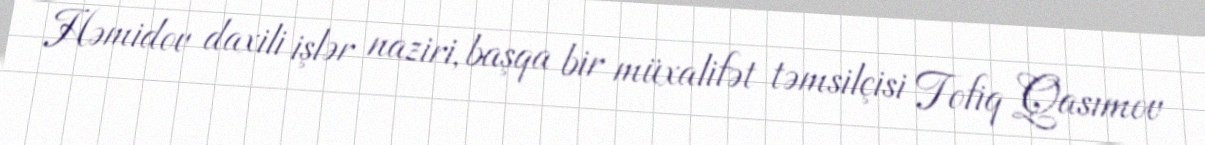
Həmidov daxili işlər naziri, başqa bir müxalifət təmsilçisi Tofiq Qasımov